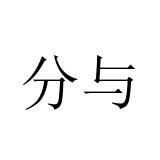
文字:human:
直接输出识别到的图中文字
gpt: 分与